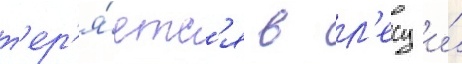
т'ер'я́етс'я в л'есу и́